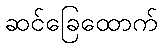
ဆင်ခြေထောက်